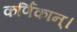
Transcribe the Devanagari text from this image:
कर्णिकान्‌।